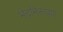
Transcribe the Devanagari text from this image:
भेदनिरूपण